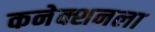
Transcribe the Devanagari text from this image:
कनेक्शनला